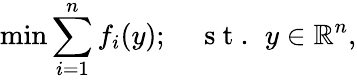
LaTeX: \operatorname*{min}\sum_{i=1}^{n}f_{i}(y);\quad\mathrm{~s~t~.~}\, y\in\mathbb{R}^{n},